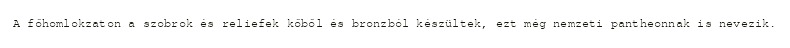
A főhomlokzaton a szobrok és reliefek kőből és bronzból készültek, ezt még nemzeti pantheonnak is nevezik.